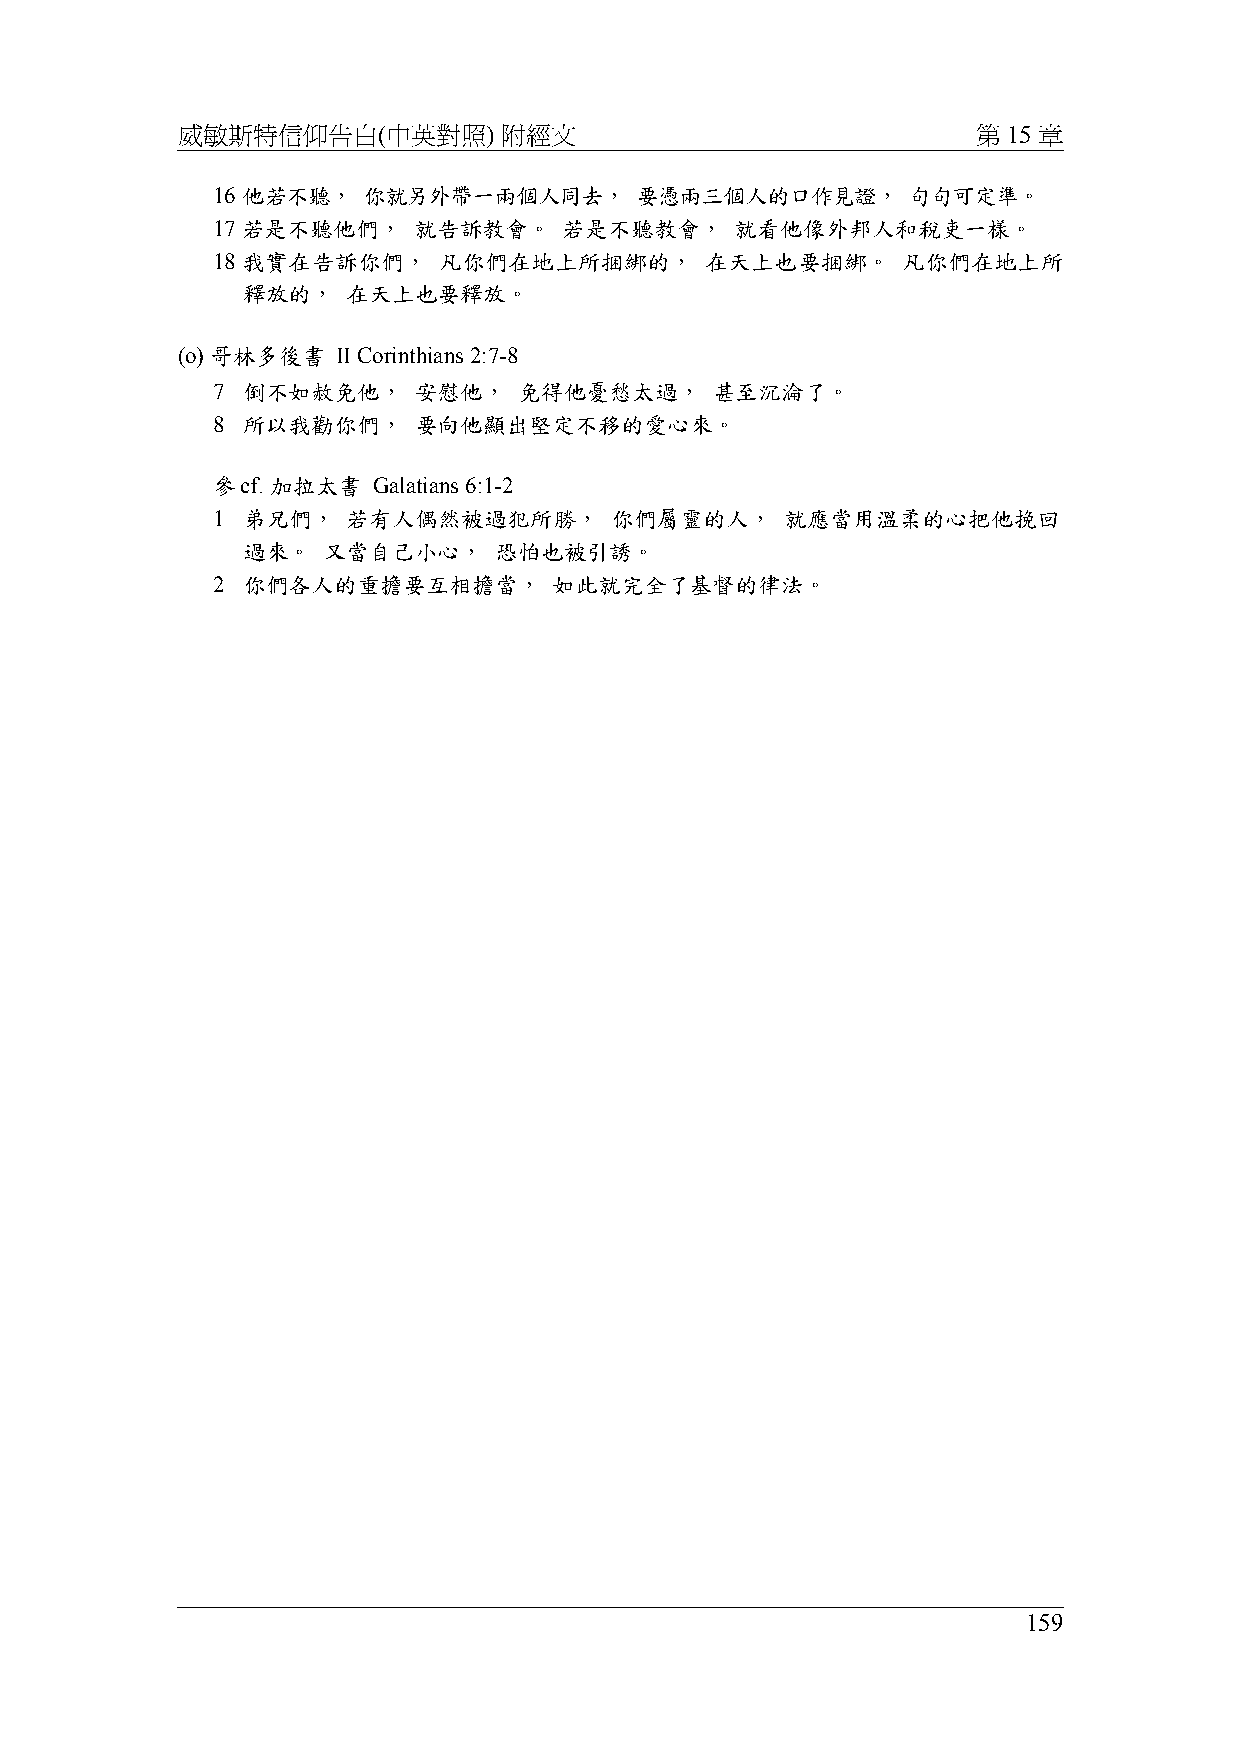
威敏斯特信仰告白(中英對照)       附經文                             第 15 章
 16 他若不聽，  你就另外帶一兩個人同去，      要憑兩三個人的口作見證，      句句可定準。
 17 若是不聽他們，   就告訴教會。    若是不聽教會，     就看他像外邦人和稅吏一樣。
 18 我實在告訴你們，    凡你們在地上所捆綁的，       在天上也要捆綁。     凡你們在地上所
 釋放的，   在天上也要釋放。
 (o) 哥林多後書 II Corinthians 2:7-8
 7 倒不如赦免他，    安慰他，   免得他憂愁太過，     甚至沉淪了。
 8 所以我勸你們，    要向他顯出堅定不移的愛心來。
 參cf. 加拉太書  Galatians 6:1-2
 1 弟兄們，   若有人偶然被過犯所勝，      你們屬靈的人，     就應當用溫柔的心把他挽回
 過來。  又當自己小心，     恐怕也被引誘。
 2 你們各人的重擔要互相擔當，        如此就完全了基督的律法。
 159